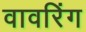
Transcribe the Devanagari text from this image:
वावरिंग